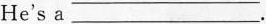
He's a ___.